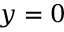
y = 0